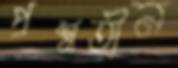
প্রশ্নহীন